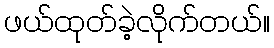
ဖယ်ထုတ်ခဲ့လိုက်တယ်။